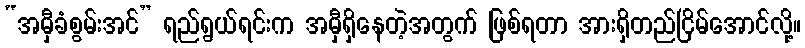
“အမှီခံစွမ်းအင်” ရည်ရွယ်ရင်းက အမှီရှိနေတဲ့အတွက် ဖြစ်ရတာ အားရှိတည်ငြိမ်အောင်လို့။